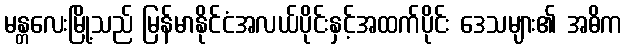
မန္တလေးမြို့သည် မြန်မာနိုင်ငံအလယ်ပိုင်းနှင့်အထက်ပိုင်း ဒေသများ၏ အဓိက